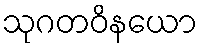
သုဂတဝိနယော